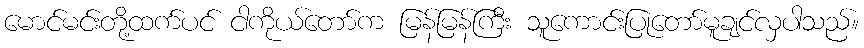
မောင်မင်းတို့ထက်ပင် ငါကိုယ်တော်က မြန်မြန်ကြီး သူကောင်းပြုတော်မူချင်လှပါသည်။